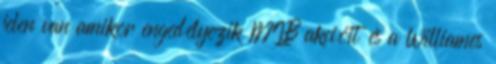
jelen van amikor engedélyezik MIB akcióit és a Williames